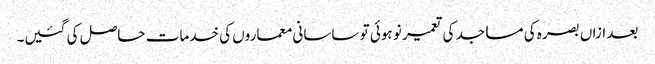
بعد ازاں بصرہ کی مساجد کی تعمیر نو ہوئی تو ساسانی معماروں کی خدمات حاصل کی گئیں۔